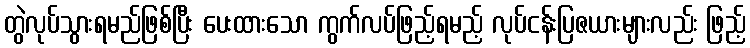
တွဲလုပ်သွားရမည်ဖြစ်ပြီး ပေးထားသော ကွက်လပ်ဖြည့်ရမည့် လုပ်ငန်းပြဇယားများလည်း ဖြည့်